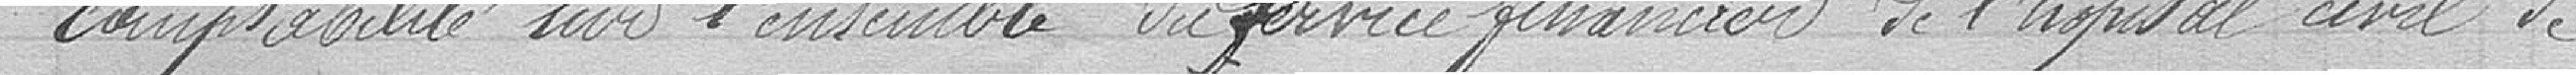
comptabilité sur l'ensemble du service financier de l'hôpital civil de